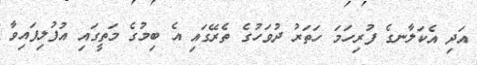
އަދި އެކަލާނގެ ފުރިހަމަ ހަތަރު ދުވަހުގެ ތެރޭގައި އެ ބިމުގެ މަތީގައި އުފުލިފައިވާ